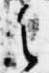
之